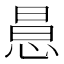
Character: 𢛝